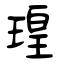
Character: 瑝